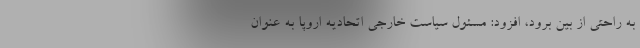
به راحتی از بین برود، افزود: مسئول سیاست خارجی اتحادیه اروپا به عنوان